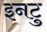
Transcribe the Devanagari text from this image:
इनटु